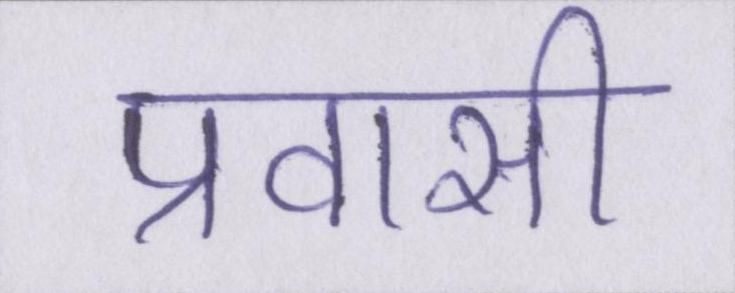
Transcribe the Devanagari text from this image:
प्रवासी